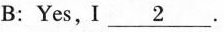
B:Yes, I\underline{2}.